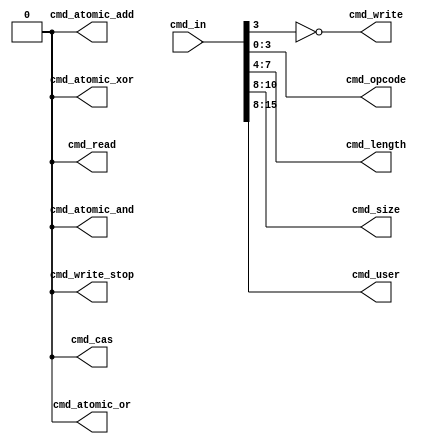
/*******************************************************************************
 * Function:  EMESH Command Decoder
 * License:   MIT (see LICENSE file in OH! repository)
 *
 * see ./emesh_pack.v
 *
 ******************************************************************************/
module emesh_decode
  (
   //Packet Command
   input [15:0] cmd_in,
   //Write
   output 	cmd_write,
   output 	cmd_write_stop,
   //Read
   output 	cmd_read,
   output 	cmd_atomic_add,
   output 	cmd_atomic_and,
   output 	cmd_atomic_or,
   output 	cmd_atomic_xor,
   output 	cmd_cas,
   //Fields
   output [3:0] cmd_opcode,
   output [3:0] cmd_length,
   output [2:0] cmd_size,
   output [7:0] cmd_user
   );

   //############################################
   // Command Decode
   //############################################

   //Writes
   assign cmd_write        = ~cmd_in[3];
   assign cmd_write_stop   = cmd_in[3:0]==1001;

   //Reads/atomics
   assign cmd_read         = cmd_in[3:0]==1000;
   assign cmd_atomic_cas   = cmd_in[3:0]==1011;
   assign cmd_atomic_add   = cmd_in[3:0]==1100;
   assign cmd_atomic_and   = cmd_in[3:0]==1101;
   assign cmd_atomic_or    = cmd_in[3:0]==1110;
   assign cmd_atomic_xor   = cmd_in[3:0]==1111;

   //Field Decode
   assign cmd_opcode[3:0]  = cmd_in[3:0];
   assign cmd_length[3:0]  = cmd_in[7:4];
   assign cmd_size[2:0]    = cmd_in[10:8];
   assign cmd_user[7:0]    = cmd_in[15:8];

endmodule // enoc_decode